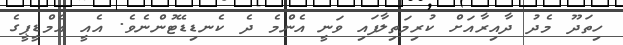
ހިތަދޫ މެދު ދާއިރާއަށް ކުރިމަތިލާފައި ވަނީ އެންމެ ދެ ކެނޑިޑޭޓުންނެވެ. އެއީ އެމްޑީޕީގެ